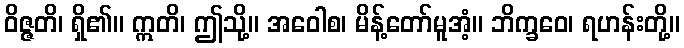
ဝိဇ္ဇတိ၊ ရှိ၏။ ဣတိ၊ ဤသို့။ အဝေါစ၊ မိန့်တော်မူအံ့။ ဘိက္ခဝေ၊ ရဟန်းတို့။